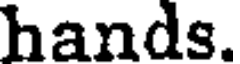
hands.